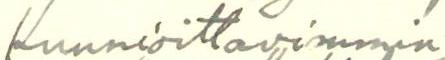
Kunnioittavimmin